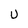
Character: U